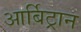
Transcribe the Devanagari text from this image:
आर्बिट्रान